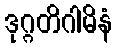
ဒုဂ္ဂတိဂါမိနံ